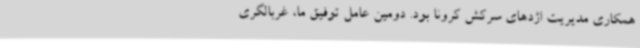
همکاری مدیریت اژدهای سرکش کرونا بود. دومین عامل توفیق ما، غربالگری